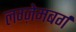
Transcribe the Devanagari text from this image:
लग्ज़ेमबर्ग